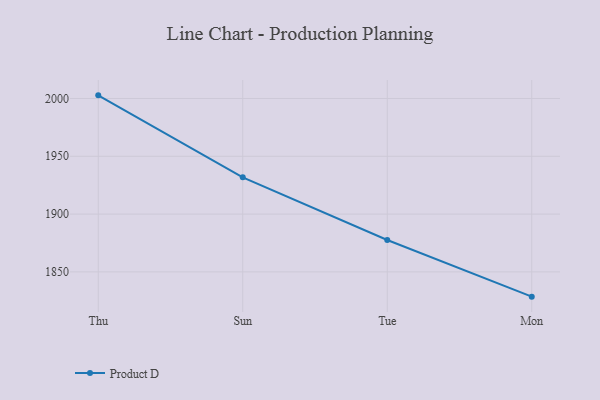
{"axis": {"x": "Day", "y": "Conversion Rate (%)"}, "legend": ["Product D"], "data": [{"x": "Thu", "y": 2002.7, "type": "Product D"}, {"x": "Sun", "y": 1931.8, "type": "Product D"}, {"x": "Tue", "y": 1877.6, "type": "Product D"}, {"x": "Mon", "y": 1828.6, "type": "Product D"}]}